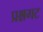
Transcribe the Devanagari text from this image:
प्रश्नगट